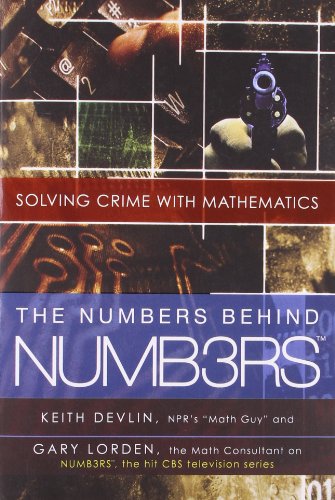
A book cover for The Numbers Behind NUMB3RS: Solving Crime with Mathematics; Keith Devlin; Humor & Entertainment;